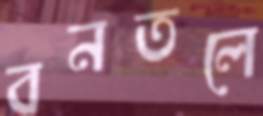
বনতলে